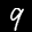
Label: 9